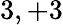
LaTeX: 3,+3